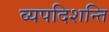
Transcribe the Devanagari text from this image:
व्यपदिशन्ति